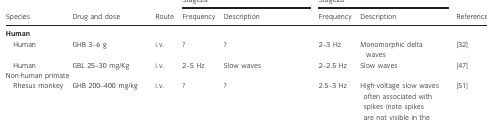
<table><thead><tr><td></td><td colspan="3"><b>Antiabsence drugs</b></td><td colspan="2"><b>Drugs ineffective or worsening ASs</b></td><td rowspan="2"><b>References</b></td></tr><tr><td></td><td><b>Ethosuximide</b></td><td><b>Valproate</b></td><td><b>Lamotrigine</b></td><td><b>Carbamazepine</b></td><td><b>Phenytoin</b></td></tr></thead><tbody><tr><td>Human ASs (CAE)</td><td>↓</td><td>↓</td><td>↓</td><td>↓/=</td><td>↑/=</td><td>10–14</td></tr><tr><td colspan="7">GHB-elicited stage 2 activities</td></tr><tr><td> Human</td><td>?</td><td>?</td><td>?</td><td>?</td><td>?</td><td>NA</td></tr><tr><td> Monkey</td><td>↓</td><td>?</td><td>?</td><td>?</td><td>↑/=</td><td>52–54</td></tr><tr><td> Cat</td><td>?</td><td>?</td><td>?</td><td>?</td><td>?</td><td>NA</td></tr><tr><td> Rat</td><td>↓</td><td>↓</td><td>?</td><td>↑</td><td>↑</td><td>25,59,62,63</td></tr><tr><td> Mouse</td><td>↓</td><td>=</td><td>?</td><td>?</td><td>?</td><td>70</td></tr></tbody></table>